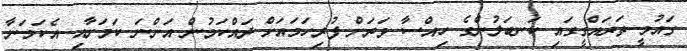
ގައުމީ ތަރައްގީގައި ކަނބަލުންގެ ހިއްސާ ވަރަށް ފުރިހަމައަށް ދައްކަމުން އަންނަ ކަމަށާއި އެކަމަނާ